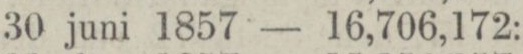
„ 30 juni 1857 — 16,706,172: —